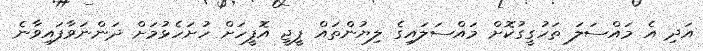
އަދި އެ މައްސަލަ ތަހުގީގުކޮށް މައްސަލައިގެ ލިޔުންތައް ޕީޖީ އޮފީހަށް ހުށަހެޅުމަށް ދަންނަވާފައިވާނެ